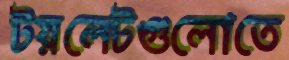
টয়লেটগুলোতে